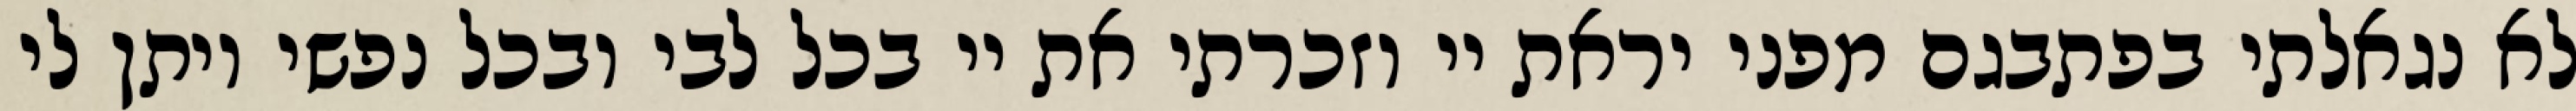
לא נגאלתי בפתבגם מפני יראת יי וזכרתי את יי בכל לבי ובכל נפשי ויתן לי